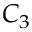
C _ { 3 }